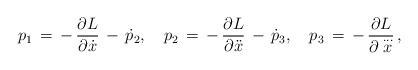
LaTeX: \begin{align*}p_1\,=\,-\,\frac{\partial L}{\partial \dot x}\,-\, \dot p_2,\quad p_2\,=\,-\,\frac{\partial L}{\partial \ddot x}\,-\,\dot p_3,\quad p_3\,=\,-\,\frac{\partial L}{\partial\stackrel{\ldots}{x}}\,{,}\end{align*}